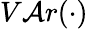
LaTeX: V\mathcal{A}r(\cdot)